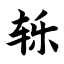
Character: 轹